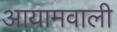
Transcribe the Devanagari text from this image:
आयामवाली